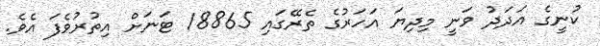
ކުނީގެ އަދަދު ވަނީ މިދިޔަ އަހަރުގެ ތެރޭގައި 18865 ޓަނަށް އިތުރުވެފަ އެވެ.